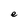
Character: e